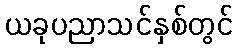
ယခုပညာသင်နှစ်တွင်